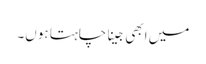
میں ابھی جینا چاہتا ہوں۔